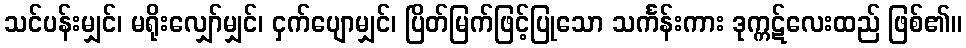
သင်ပန်းမျှင်၊ မရိုးလျှော်မျှင်၊ ငှက်ပျောမျှင်၊ ပြိတ်မြက်ဖြင့်ပြုသော သင်္ကန်းကား ဒုက္ကဋ်လေးထည် ဖြစ်၏။